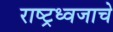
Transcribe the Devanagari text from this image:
राष्ट्रध्वजाचे